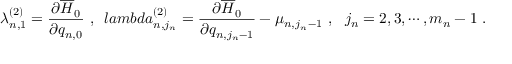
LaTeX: \lambda _ { n , 1 } ^ { ( 2 ) } = \frac { \partial \overline { { { H } } } _ { 0 } } { \partial q _ { n , 0 } } \ , \ \, l a m b d a _ { n , j _ { n } } ^ { ( 2 ) } = \frac { \partial \overline { { { H } } } _ { 0 } } { \partial q _ { n , j _ { n } - 1 } } - \mu _ { n , j _ { n } - 1 } \ , \ \ j _ { n } = 2 , 3 , \cdots , m _ { n } - 1 \ .